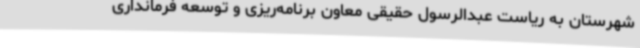
شهرستان به ریاست عبدالرسول حقیقی معاون برنامه‌ریزی و توسعه فرمانداری